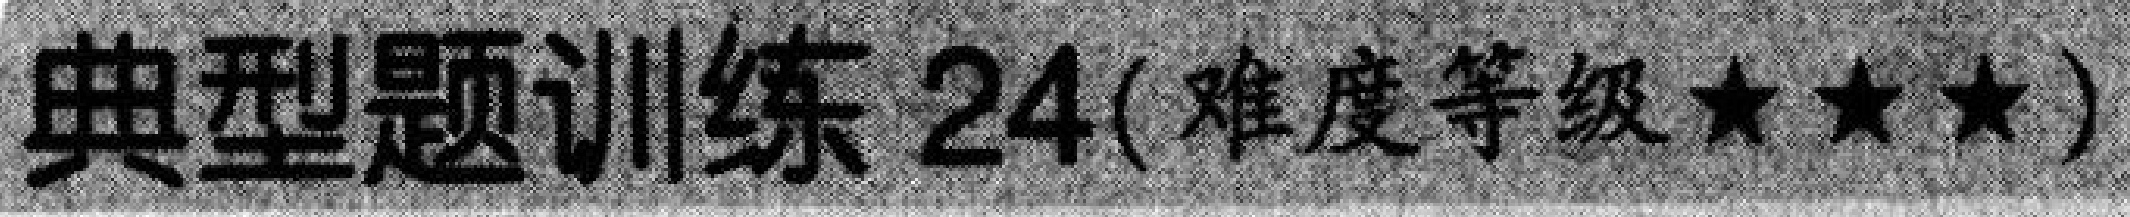
典型题训练 \(24\)(难度等级\(\star\star\star\))